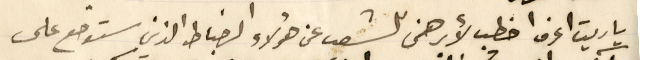
يا ريت اعرف اخطب لأبرهن للشعب عن هؤلاء الضباط الذين ستوضع على